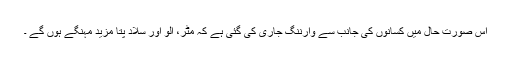
اس صورت حال میں کسانوں کی جانب سے وارننگ جاری کی گئی ہے کہ مٹر، آلو اور سلاد پتا مزید مہنگے ہوں گے ۔